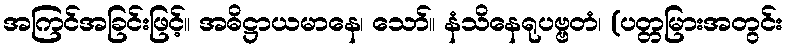
အကြင်အခြင်းဖြင့်။ အဓိဋ္ဌာယမာနေ၊ သော်။ နံသိနေရုပဗ္ဗတံ၊ (ပတ္တမြားအတွင်း